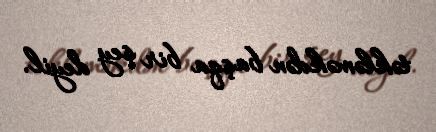
təkləməkdən başqa bir şey deyil.